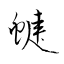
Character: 蜨